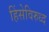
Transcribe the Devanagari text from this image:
हिंसेविरुध्द